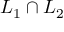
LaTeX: L _ { 1 } \cap L _ { 2 }